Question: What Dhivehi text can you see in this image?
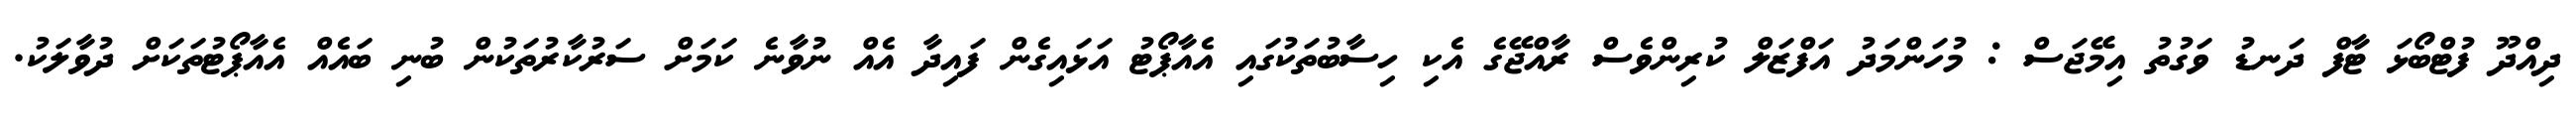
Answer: ދިއްދޫ ފުޓްބޯޅަ ޓާފް ދަނޑު ވަގުތު އިމޭޖަސް : މުހަންމަދު އަފްޒަލް ކުރިންވެސް ރާއްޖޭގެ އެކި ހިސާބުތަކުގައި އެއާޕޯޓު އަޅައިގެން ފައިދާ އެއް ނުވާނެ ކަމަށް ސަރުކާރުތަކުން ބުނި ބައެއް އެއާޕޯޓުތަކަށް ދުވާލަކު.